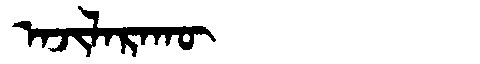
Manchu: ᠠᠵᡳᠯᠠᡵᠠᡴᡡ
Romanization: AJILARAKŪ